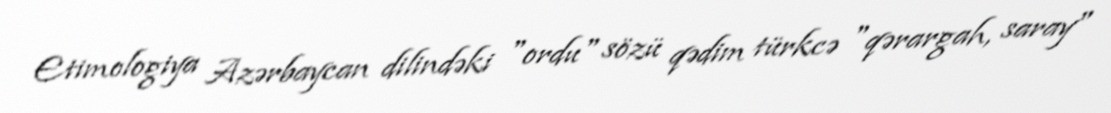
Etimologiya Azərbaycan dilindəki "ordu" sözü qədim türkcə "qərargah, saray"